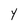
Character: Y